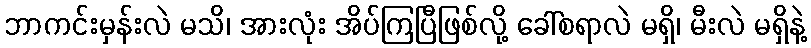
ဘာကင်းမှန်းလဲ မသိ၊ အားလုံး အိပ်ကြပြီဖြစ်လို့ ခေါ်စရာလဲ မရှိ၊ မီးလဲ မရှိနဲ့